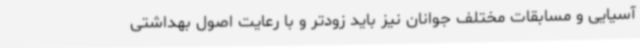
آسیایی و مسابقات مختلف جوانان نیز باید زودتر و با رعایت اصول بهداشتی